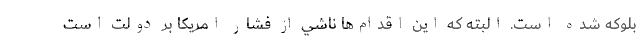
بلوكه شده است. البته كه اين اقدام‌ها ناشي از فشار امريكا بر دولت است